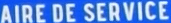
AIRE DE SERVICE